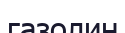
газолин